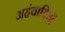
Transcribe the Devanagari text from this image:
अहंवादियों